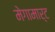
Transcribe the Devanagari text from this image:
मेगामार्ट